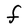
Character: F